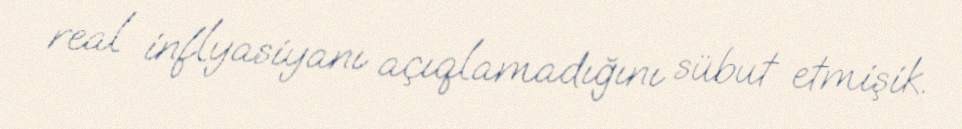
real inflyasiyanı açıqlamadığını sübut etmişik.